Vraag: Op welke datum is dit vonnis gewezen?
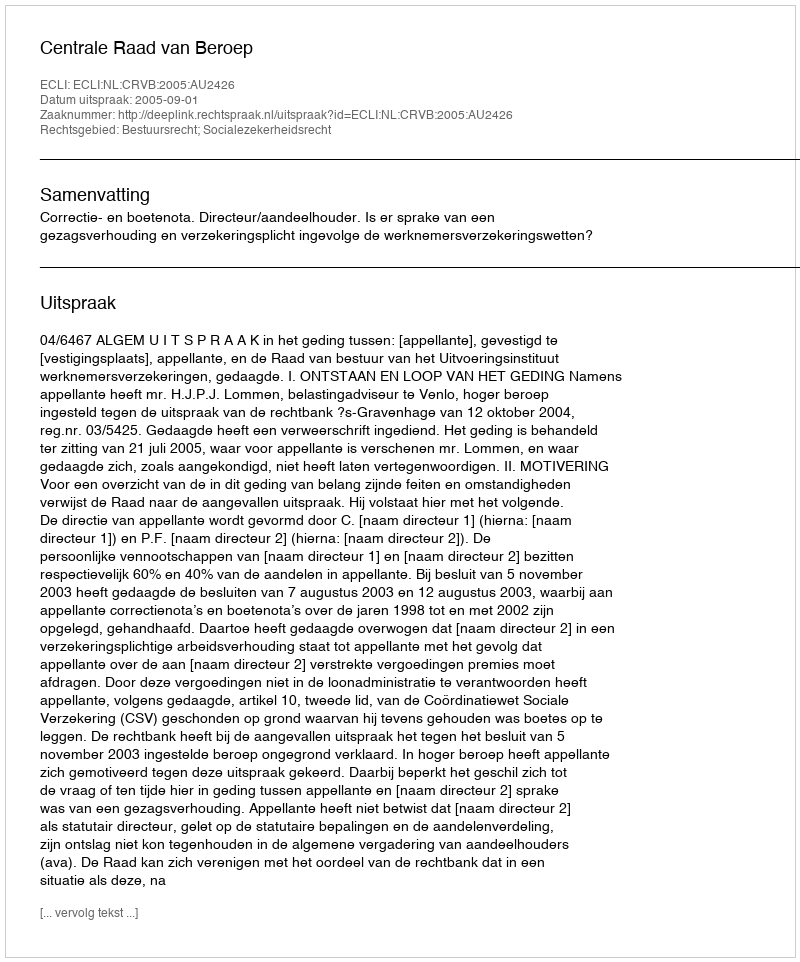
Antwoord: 2005-09-01